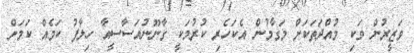
ވަޒީރުން ވަކި މުއްދަތަކަށް މަގާމުން އެކަހެރި ކުރުމަކީ ގާނޫނުއަސާސީއާ ހިލާފު ކަމެއް ކަމަށް